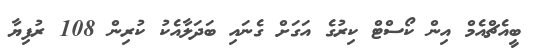
ބީއެޗްއެމް އިން ކޯސްޓް ކިރުގެ އަގަށް ގެނައި ބަދަލާއެކު ކުރިން 108 ރުފިޔާ